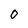
Character: 0